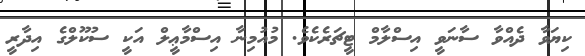
ކިޔަވާ ދެއްވާ ސާނަވީ އިސްލާމް ޓީޗަރެކެވެ. މުއުމިނާ އިސްމާޢީލް އަކީ ސުކޫލްގެ އިދާރީ